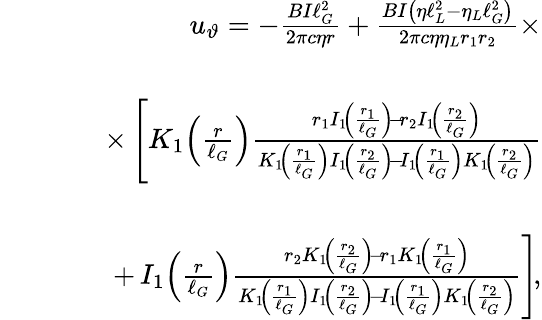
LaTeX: \begin{array}{rlr}&{}&{u_{\vartheta}=-\frac{BI\ell_{G}^{2}}{2\pi c\eta r}+\frac{BI\left(\eta\ell_{L}^{2}-\eta_{L}\ell_{G}^{2}\right)}{2\pi c\eta\eta_{L}r_{1}r_{2}}\times}\\ &{}&\\ &{}&{\quad\times\left[K_{1}\! \left(\frac{r}{\ell_{G}}\right)\frac{r_{1}I_{1}\! \left(\frac{r_{1}}{\ell_{G}}\right)\! -\! r_{2}I_{1}\! \left(\frac{r_{2}}{\ell_{G}}\right)}{K_{1}\! \left(\frac{r_{1}}{\ell_{G}}\right)I_{1}\! \left(\frac{r_{2}}{\ell_{G}}\right)\! -\! I_{1}\! \left(\frac{r_{1}}{\ell_{G}}\right)K_{1}\! \left(\frac{r_{2}}{\ell_{G}}\right)}\right.}\\ &{}&\\ &{}&{\qquad+\left.I_{1}\! \left(\frac{r}{\ell_{G}}\right)\frac{r_{2}K_{1}\! \left(\frac{r_{2}}{\ell_{G}}\right)\! -\! r_{1}K_{1}\! \left(\frac{r_{1}}{\ell_{G}}\right)}{K_{1}\! \left(\frac{r_{1}}{\ell_{G}}\right)I_{1}\! \left(\frac{r_{2}}{\ell_{G}}\right)\! -\! I_{1}\! \left(\frac{r_{1}}{\ell_{G}}\right)K_{1}\! \left(\frac{r_{2}}{\ell_{G}}\right)}\right]\! ,}\end{array}